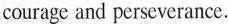
courage and perseverance.